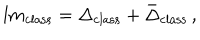
l m _ { \mathrm { c l a s s } } = \Delta _ { \mathrm { c l a s s } } + \bar { \Delta } _ { \mathrm { c l a s s } } \, ,